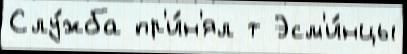
Слу́жба пр'и́н'ял т Эсм'и́нцы